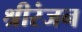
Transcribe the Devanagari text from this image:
श्रीरंजन